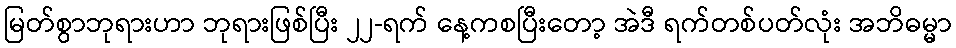
မြတ်စွာဘုရားဟာ ဘုရားဖြစ်ပြီး ၂၂-ရက် နေ့ကစပြီးတော့ အဲဒီ ရက်တစ်ပတ်လုံး အဘိဓမ္မာ